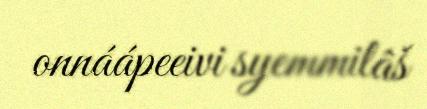
onnáápeeivi syemmilâš